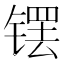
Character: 𫔆